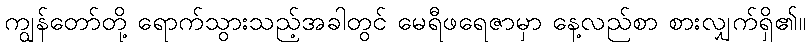
ကျွန်တော်တို့ ရောက်သွားသည့်အခါတွင် မေရီဖရေဇာမှာ နေ့လည်စာ စားလျှက်ရှိ၏။